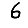
Digit: 6